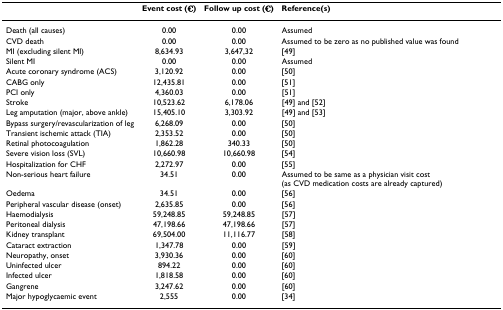
<table><thead><tr><td></td><td><b>Event cost (€)</b></td><td><b>Follow up cost (€)</b></td><td><b>Reference(s)</b></td></tr></thead><tbody><tr><td>Death (all causes)</td><td>0.00</td><td>0.00</td><td>Assumed</td></tr><tr><td>CVD death</td><td>0.00</td><td>0.00</td><td>Assumed to be zero as no published value was found</td></tr><tr><td>MI (excluding silent MI)</td><td>8,634.93</td><td>3,647,32</td><td>[49]</td></tr><tr><td>Silent MI</td><td>0.00</td><td>0.00</td><td>Assumed</td></tr><tr><td>Acute coronary syndrome (ACS)</td><td>3,120.92</td><td>0.00</td><td>[50]</td></tr><tr><td>CABG only</td><td>12,435.81</td><td>0.00</td><td>[51]</td></tr><tr><td>PCI only</td><td>4,360.03</td><td>0.00</td><td>[51]</td></tr><tr><td>Stroke</td><td>10,523.62</td><td>6,178.06</td><td>[49] and [52]</td></tr><tr><td>Leg amputation (major, above ankle)</td><td>15,405.10</td><td>3,303.92</td><td>[49] and [53]</td></tr><tr><td>Bypass surgery/revascularization of leg</td><td>6,268.09</td><td>0.00</td><td>[50]</td></tr><tr><td>Transient ischemic attack (TIA)</td><td>2,353.52</td><td>0.00</td><td>[50]</td></tr><tr><td>Retinal photocoagulation</td><td>1,862.28</td><td>340.33</td><td>[50]</td></tr><tr><td>Severe vision loss (SVL)</td><td>10,660.98</td><td>10,660.98</td><td>[54]</td></tr><tr><td>Hospitalization for CHF</td><td>2,272.97</td><td>0.00</td><td>[55]</td></tr><tr><td>Non-serious heart failure</td><td>34.51</td><td>0.00</td><td>Assumed to be same as a physician visit cost (as CVD medication costs are already captured)</td></tr><tr><td>Oedema</td><td>34.51</td><td>0.00</td><td>[56]</td></tr><tr><td>Peripheral vascular disease (onset)</td><td>2,635.85</td><td>0.00</td><td>[56]</td></tr><tr><td>Haemodialysis</td><td>59,248.85</td><td>59,248.85</td><td>[57]</td></tr><tr><td>Peritoneal dialysis</td><td>47,198.66</td><td>47,198.66</td><td>[57]</td></tr><tr><td>Kidney transplant</td><td>69,504.00</td><td>11,116.77</td><td>[58]</td></tr><tr><td>Cataract extraction</td><td>1,347.78</td><td>0.00</td><td>[59]</td></tr><tr><td>Neuropathy, onset</td><td>3,930.36</td><td>0.00</td><td>[60]</td></tr><tr><td>Uninfected ulcer</td><td>894.22</td><td>0.00</td><td>[60]</td></tr><tr><td>Infected ulcer</td><td>1,818.58</td><td>0.00</td><td>[60]</td></tr><tr><td>Gangrene</td><td>3,247.62</td><td>0.00</td><td>[60]</td></tr><tr><td>Major hypoglycaemic event</td><td>2,555</td><td>0.00</td><td>[34]</td></tr></tbody></table>